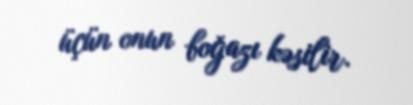
üçün onun boğazı kəsilir.